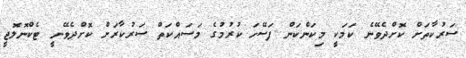
ސަރުކާތަށް ކޮށްދެވޭނެ ކަމަކީ މިކަންކަން ފަސޭހަ ކުރުމުގެ މަސައްކަތް ސަރުކާރަށް ކޮށްދެވޭނީ ޓެކްނޮލޮޖީ